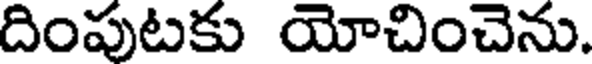
దింపుటకు యోచించెను.